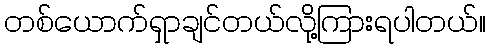
တစ်ယောက်ရှာချင်တယ်လို့ကြားရပါတယ်။